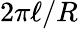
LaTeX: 2\pi\ell/R